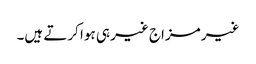
غیر مزاج غیر ہی ہوا کرتے ہیں۔